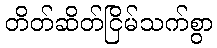
တိတ်ဆိတ်ငြိမ်သက်စွာ